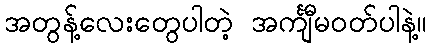
အတွန့်လေးတွေပါတဲ့ အင်္ကျီမဝတ်ပါနဲ့။